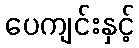
ပေကျင်းနှင့်